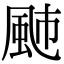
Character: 𩖭